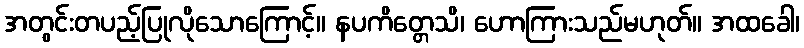
အတွင်းတပည့်ပြုလိုသောကြောင့်။ နပကိတ္တေသိ၊ ဟောကြားသည်မဟုတ်။ အထခေါ၊